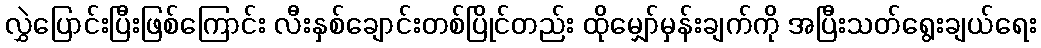
လွှဲပြောင်းပြီးဖြစ်ကြောင်း လီးနှစ်ချောင်းတစ်ပြိုင်တည်း ထိုမျှော်မှန်းချက်ကို အပြီးသတ်ရွေးချယ်ရေး